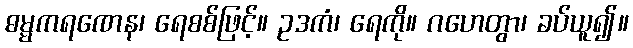
ဓမ္မကရဏေန၊ ရေစစ်ဖြင့်။ ဥဒကံ၊ ရေကို။ ဂဟေတွာ၊ ခပ်ယူ၍။